65_HS1-834228961_62-HQ-83894_Section_7
Agency: FBI
Page 61
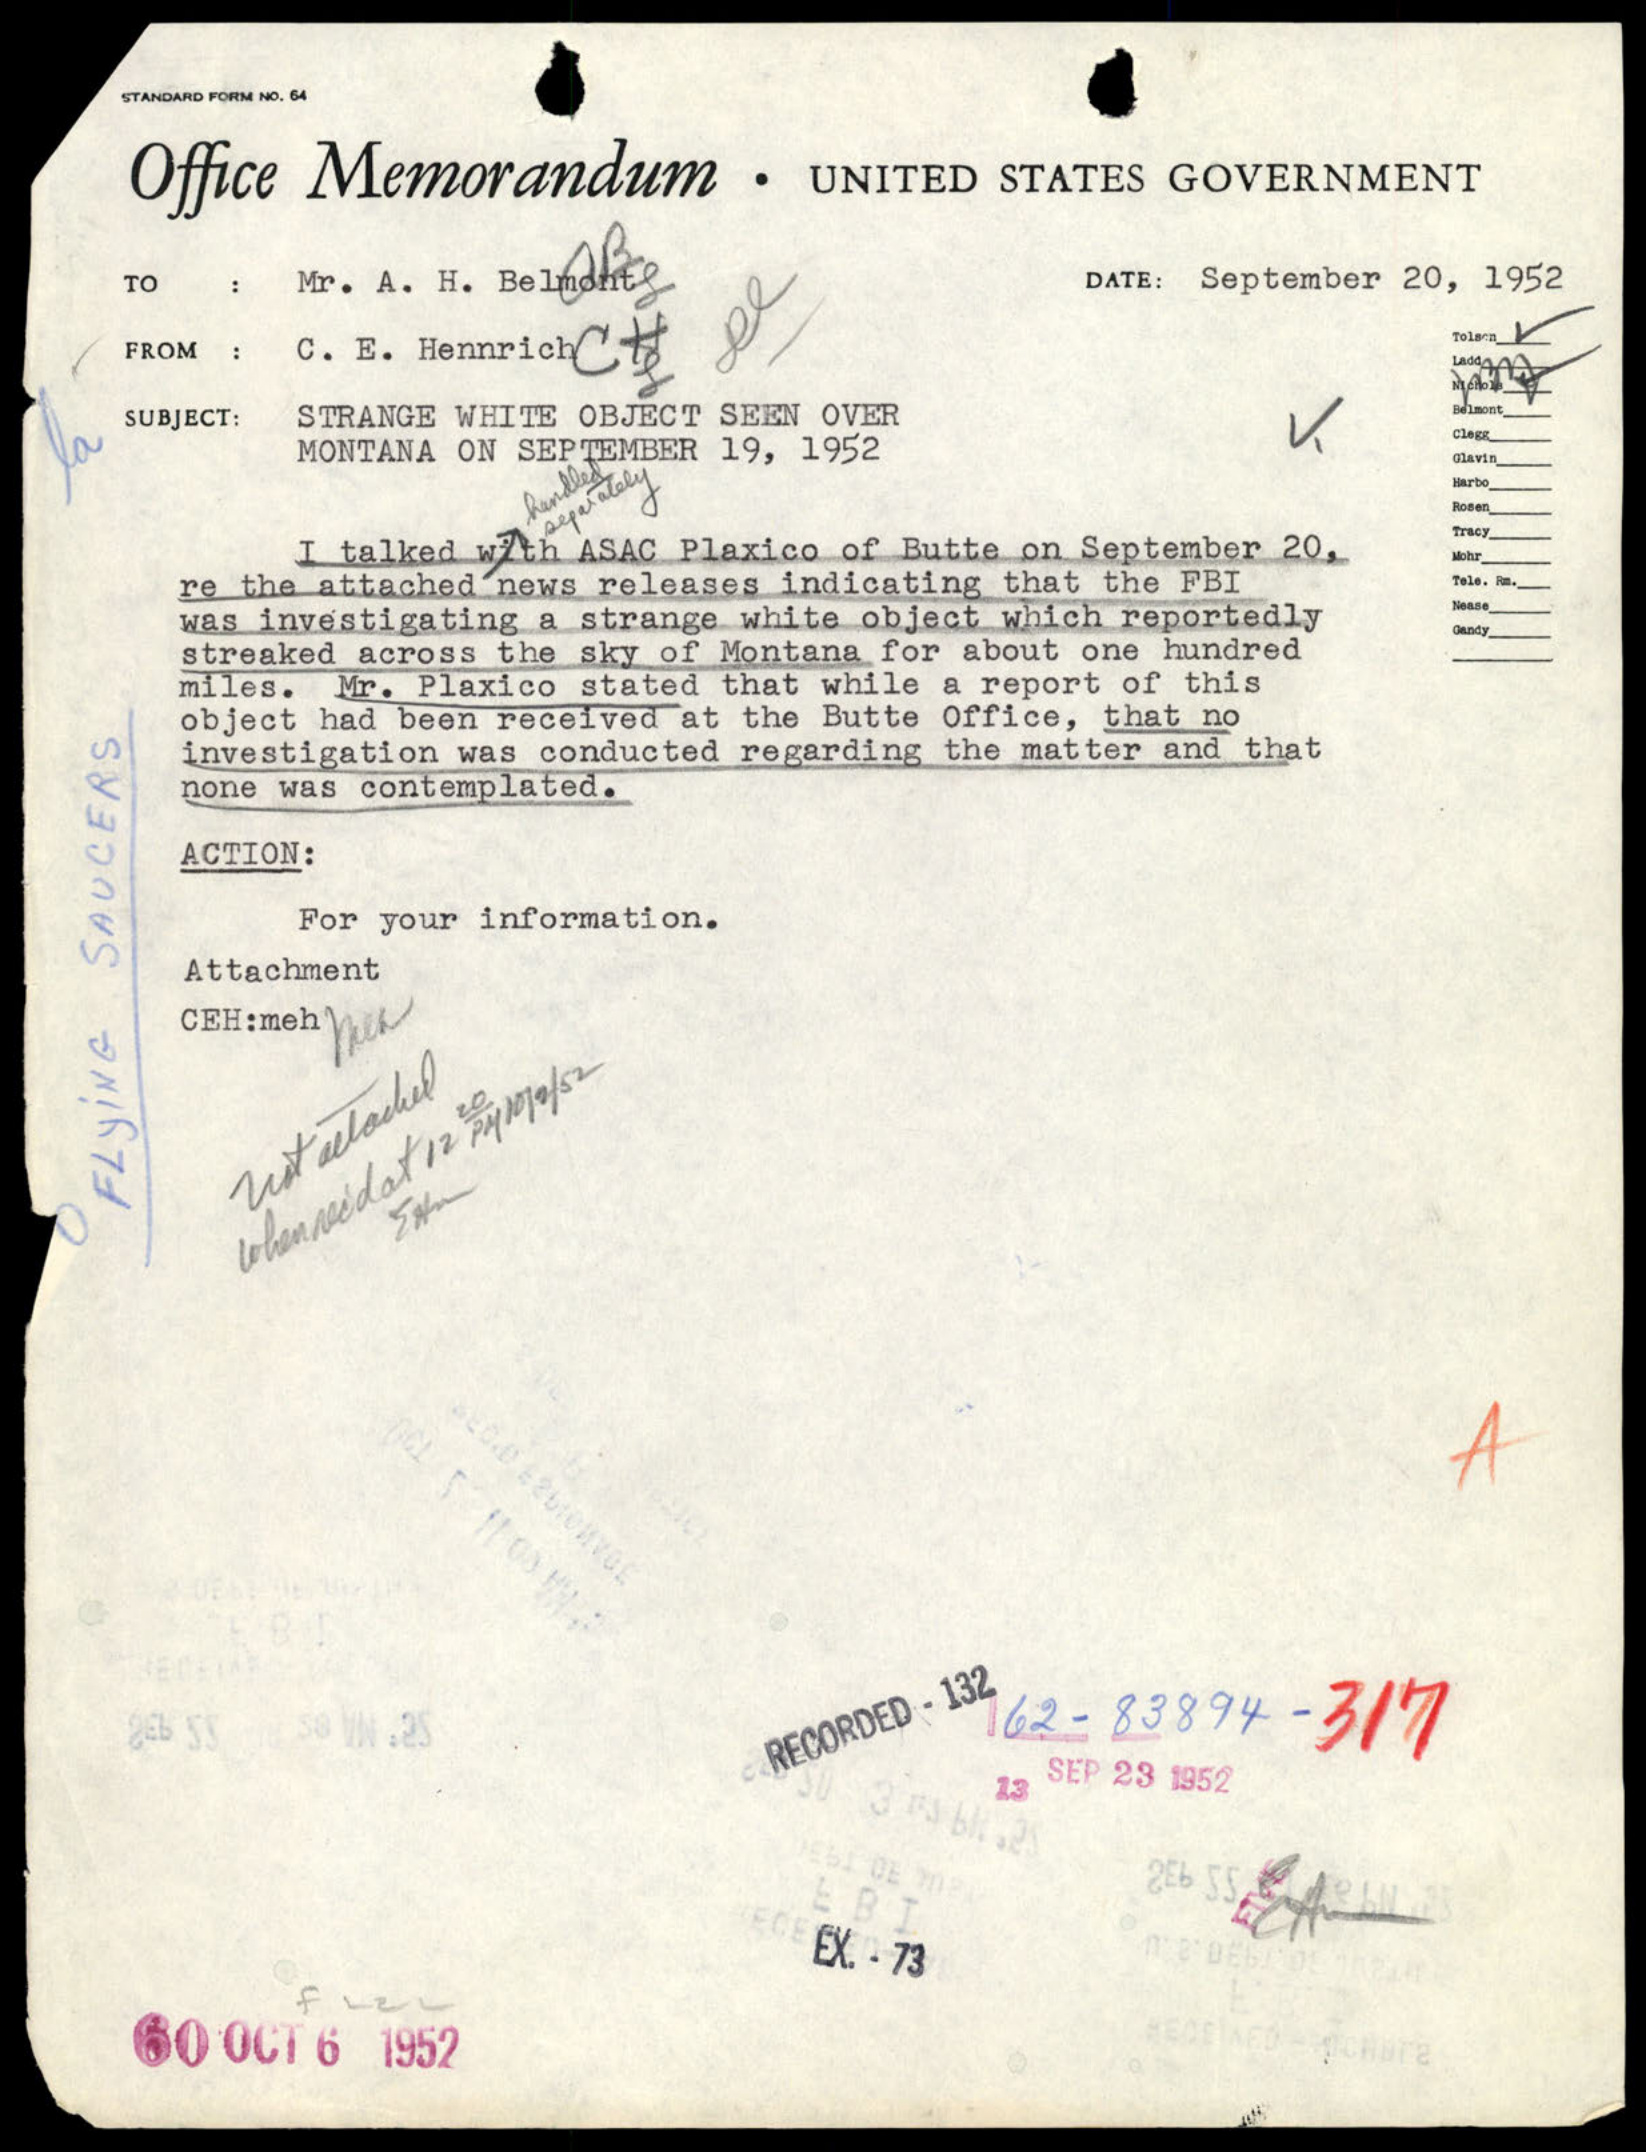